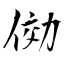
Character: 俲